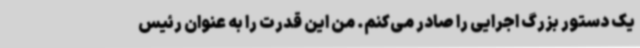
یک دستور بزرگ اجرایی را صادر می‌کنم. من این قدرت را به عنوان رئیس